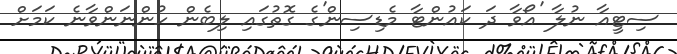
ސިޓީއާ ނުލާ 'އޯވާ ދަ ކައުންޓާ މެޑިސިން'ގެ ގޮތުގައި ލިބެން ހުންނަންވާނެ ކަމަށް